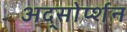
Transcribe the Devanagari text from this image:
अद्सोर्प्शन